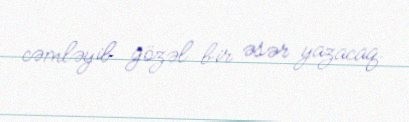
cəmləyib gözəl bir əsər yazacaq.